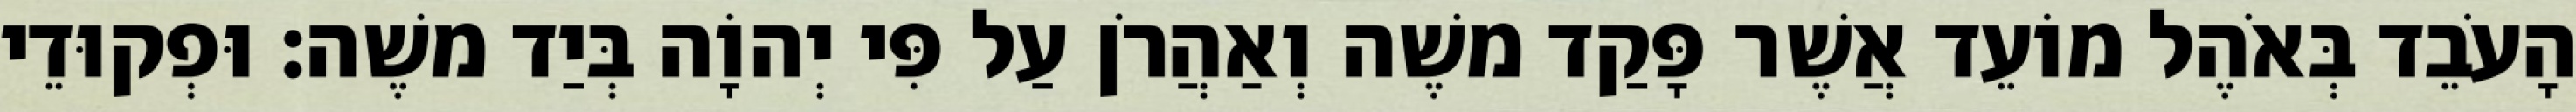
הָעֹבֵד בְּאֹהֶל מוֹעֵד אֲשֶׁר פָּקַד משֶׁה וְאַהֲרֹן עַל פִּי יְהוָֹה בְּיַד משֶׁה׃ וּפְקוּדֵי